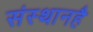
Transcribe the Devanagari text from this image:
संस्थानहै